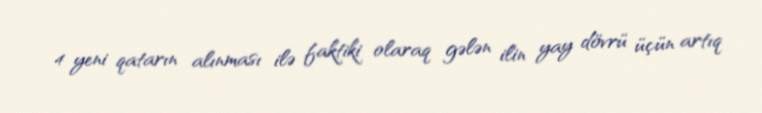
4 yeni qatarın alınması ilə faktiki olaraq gələn ilin yay dövrü üçün artıq